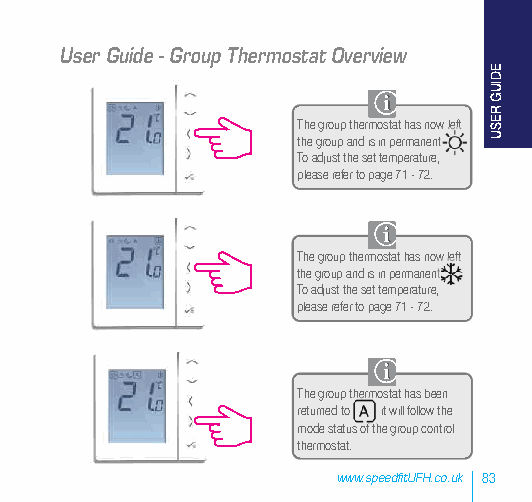
User Guide - Group Thermostat Overview
 The group thermostat has now left
 the group and is in permanent
 To adjust the set temperature,
 please refer to page 71 - 72.
 The group thermostat has now left
 the group and is in permanent
 To adjust the set temperature,
 please refer to page 71 - 72.
 The group thermostat has been
 returned to it will follow the
 mode status of the group control
 thermostat.
 www.speedfitUFH.co.uk 83
 EDIUG
 RESU